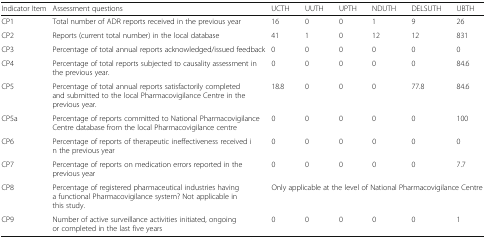
| Indicator Item | Assessment questions | UCTH | UUTH | UPTH | NDUTH | DELSUTH | UBTH |
 | --- | --- | --- | --- | --- | --- | --- | --- |
 | CP1 | Total number of ADR reports received in the previous year | 16 | 0 | 0 | 1 | 9 | 26 |
 | CP2 | Reports (current total number) in the local database | 41 | 1 | 0 | 12 | 12 | 831 |
 | CP3 | Percentage of total annual reports acknowledged/issued feedback | 0 | 0 | 0 | 0 | 0 | 0 |
 | CP4 | Percentage of total reports subjected to causality assessment in the previous year. | 0 | 0 | 0 | 0 | 0 | 84.6 |
 | CP5 | Percentage of total annual reports satisfactorily completed and submitted to the local Pharmacovigilance Centre in the previous year. | 18.8 | 0 | 0 | 0 | 77.8 | 84.6 |
 | CP5a | Percentage of reports committed to National Pharmacovigilance Centre database from the local Pharmacovigilance centre | 0 | 0 | 0 | 0 | 0 | 100 |
 | CP6 | Percentage of reports of therapeutic ineffectiveness received in the previous year | 0 | 0 | 0 | 0 | 0 | 0 |
 | CP7 | Percentage of reports on medication errors reported in the previous year | 0 | 0 | 0 | 0 | 0 | 7.7 |
 | CP8 | Percentage of registered pharmaceutical industries having a functional Pharmacovigilance system? Not applicable in this study. | <COLSPAN=6> Only applicable at the level of National Pharmacovigilance Centre |
 | CP9 | Number of active surveillance activities initiated, ongoing or completed in the last five years | 0 | 0 | 0 | 0 | 0 | 1 |